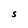
Character: S